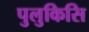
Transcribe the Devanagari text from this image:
पुलुकिसि